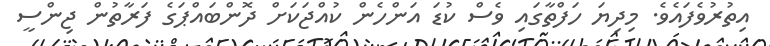
އިތުރުވެފައެވެ. މިދިޔަ ހަފްތާގައި ވެސް ކުޑަ އަންހެން ކުއްޖަކަށް ދޮންބައްޕަގެ ފަރާތުން ޖިންސީ